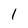
Character: 1